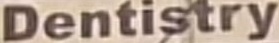
Dentistry